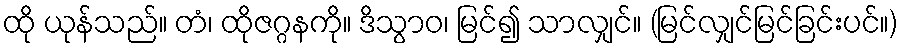
ထို ယုန်သည်။ တံ၊ ထိုဇဂ္ဂနကို။ ဒိသွာဝ၊ မြင်၍ သာလျှင်။ (မြင်လျှင်မြင်ခြင်းပင်။)